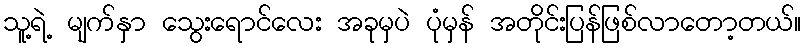
သူ့ရဲ့ မျက်နှာ သွေးရောင်လေး အခုမှပဲ ပုံမှန် အတိုင်းပြန်ဖြစ်လာတော့တယ်။